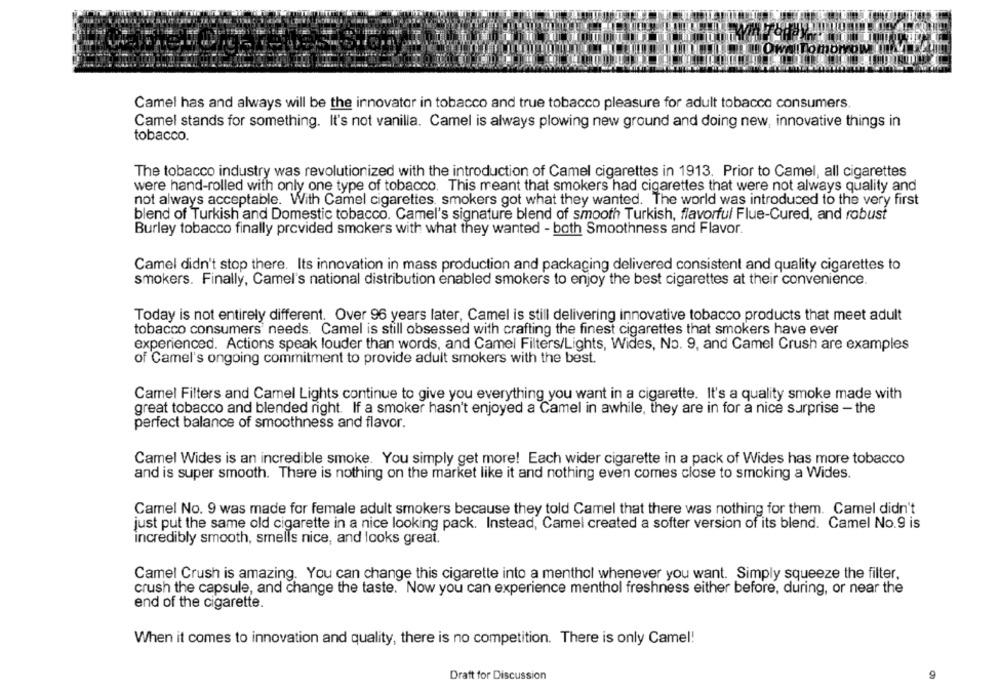
Camel has and always will be the innovator in tobacco and true tobacco pleasure for adult tobacco consumers.
Camel stands for something. It's not vanilla. Camel is always plowing new ground and doing new, innovative things in
tobacco.
The tobacco industry was revolutionized with the introduction of Camel cigarettes in 1913. Prior to Camel, all cigarettes
were hand-rolled with only one type of tobacco. This meant that smokers had cigarettes that were not always quality and
not always acceptable. With Camel cigarettes. smokers got what they wanted. The world was introduced to the very first
blend of Turkish and Domestic tobacco. Camel's signature blend of smooth Turkish, flavorful Flue-Cured, and robust
Burley tobacco finally provided smokers with what they wanted - both Smoothness and Flavor.
Camel didn't stop there. Its innovation in mass production and packaging delivered consistent and quality cigarettes to
smokers. Finally, Camel's national distribution enabled smokers to enjoy the best cigarettes at their convenience.
Today is not entirely different. Over 96 years later, Camel is still delivering innovative tobacco products that meet adult
tobacco consumers' needs. Camel is still obsessed with crafting the finest cigarettes that smokers have ever
experienced. Actions speak louder than words, and Camel Filters/Lights, Wides, No. 9, and Camel Crush are examples
of Camel's ongoing commitment to provide adult smokers with the best.
Camel Filters and Camel Lights continue to give you everything you want in a cigarette. It's a quality smoke made with
great tobacco and blended right. If a smoker hasn't enjoyed a Camel in awhile, they are in for a nice surprise - the
perfect balance of smoothness and flavor.
Camel Wides is an incredible smoke. You simply get more! Each wider cigarette in a pack of Wides has more tobacco
and is super smooth. There is nothing on the market like it and nothing even comes close to smoking a Wides.
Camel No. 9 was made for female adult smokers because they told Camel that there was nothing for them. Camel didn't
just put the same old cigarette in a nice looking pack. Instead, Camel created a softer version of its blend. Camel No.9 is
incredibly smooth, smells nice, and looks great.
Camel Crush is amazing. You can change this cigarette into a menthol whenever you want. Simply squeeze the filter.
crush the capsule, and change the taste. Now you can experience menthol freshness either before, during, or near the
end of the cigarette.
When it comes to innovation and quality, there is no competition. There is only Camel!
Draft for Discussion